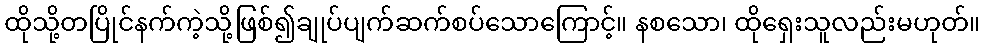
ထိုသို့တပြိုင်နက်ကဲ့သို့ဖြစ်၍ချုပ်ပျက်ဆက်စပ်သောကြောင့်။ နစသော၊ ထိုရှေးသူလည်းမဟုတ်။